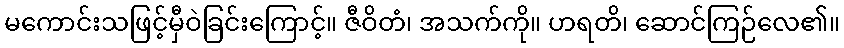
မကောင်းသဖြင့်မှီဝဲခြင်းကြောင့်။ ဇီဝိတံ၊ အသက်ကို။ ဟရတိ၊ ဆောင်ကြဉ်လေ၏။